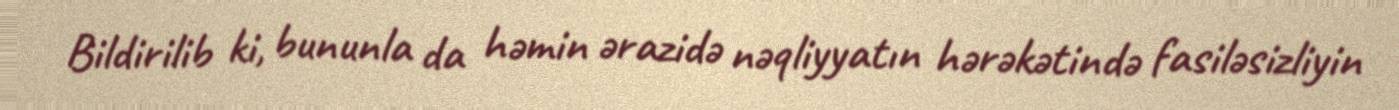
Bildirilib ki, bununla da həmin ərazidə nəqliyyatın hərəkətində fasiləsizliyin